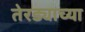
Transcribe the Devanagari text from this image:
तेरड्याच्या